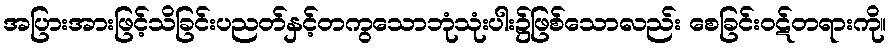
အပြားအားဖြင့်သိခြင်းပညတ်နှင့်တကွသောဘုံသုံးပါး၌ဖြစ်သောလည်း စေခြင်းဝဋ်တရားကို။